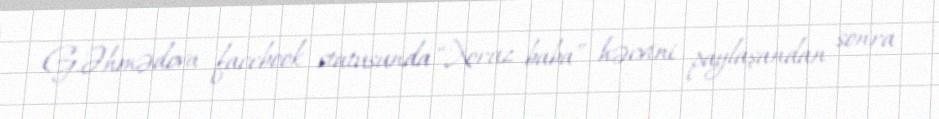
G.Əhmədova facebook statusunda “Xoruz baba” həcvini paylaşandan sonra